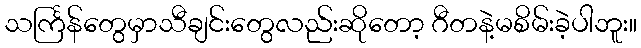
သင်္ကြန်တွေမှာသီချင်းတွေလည်းဆိုတော့ ဂီတနဲ့မစိမ်းခဲ့ပါဘူး။